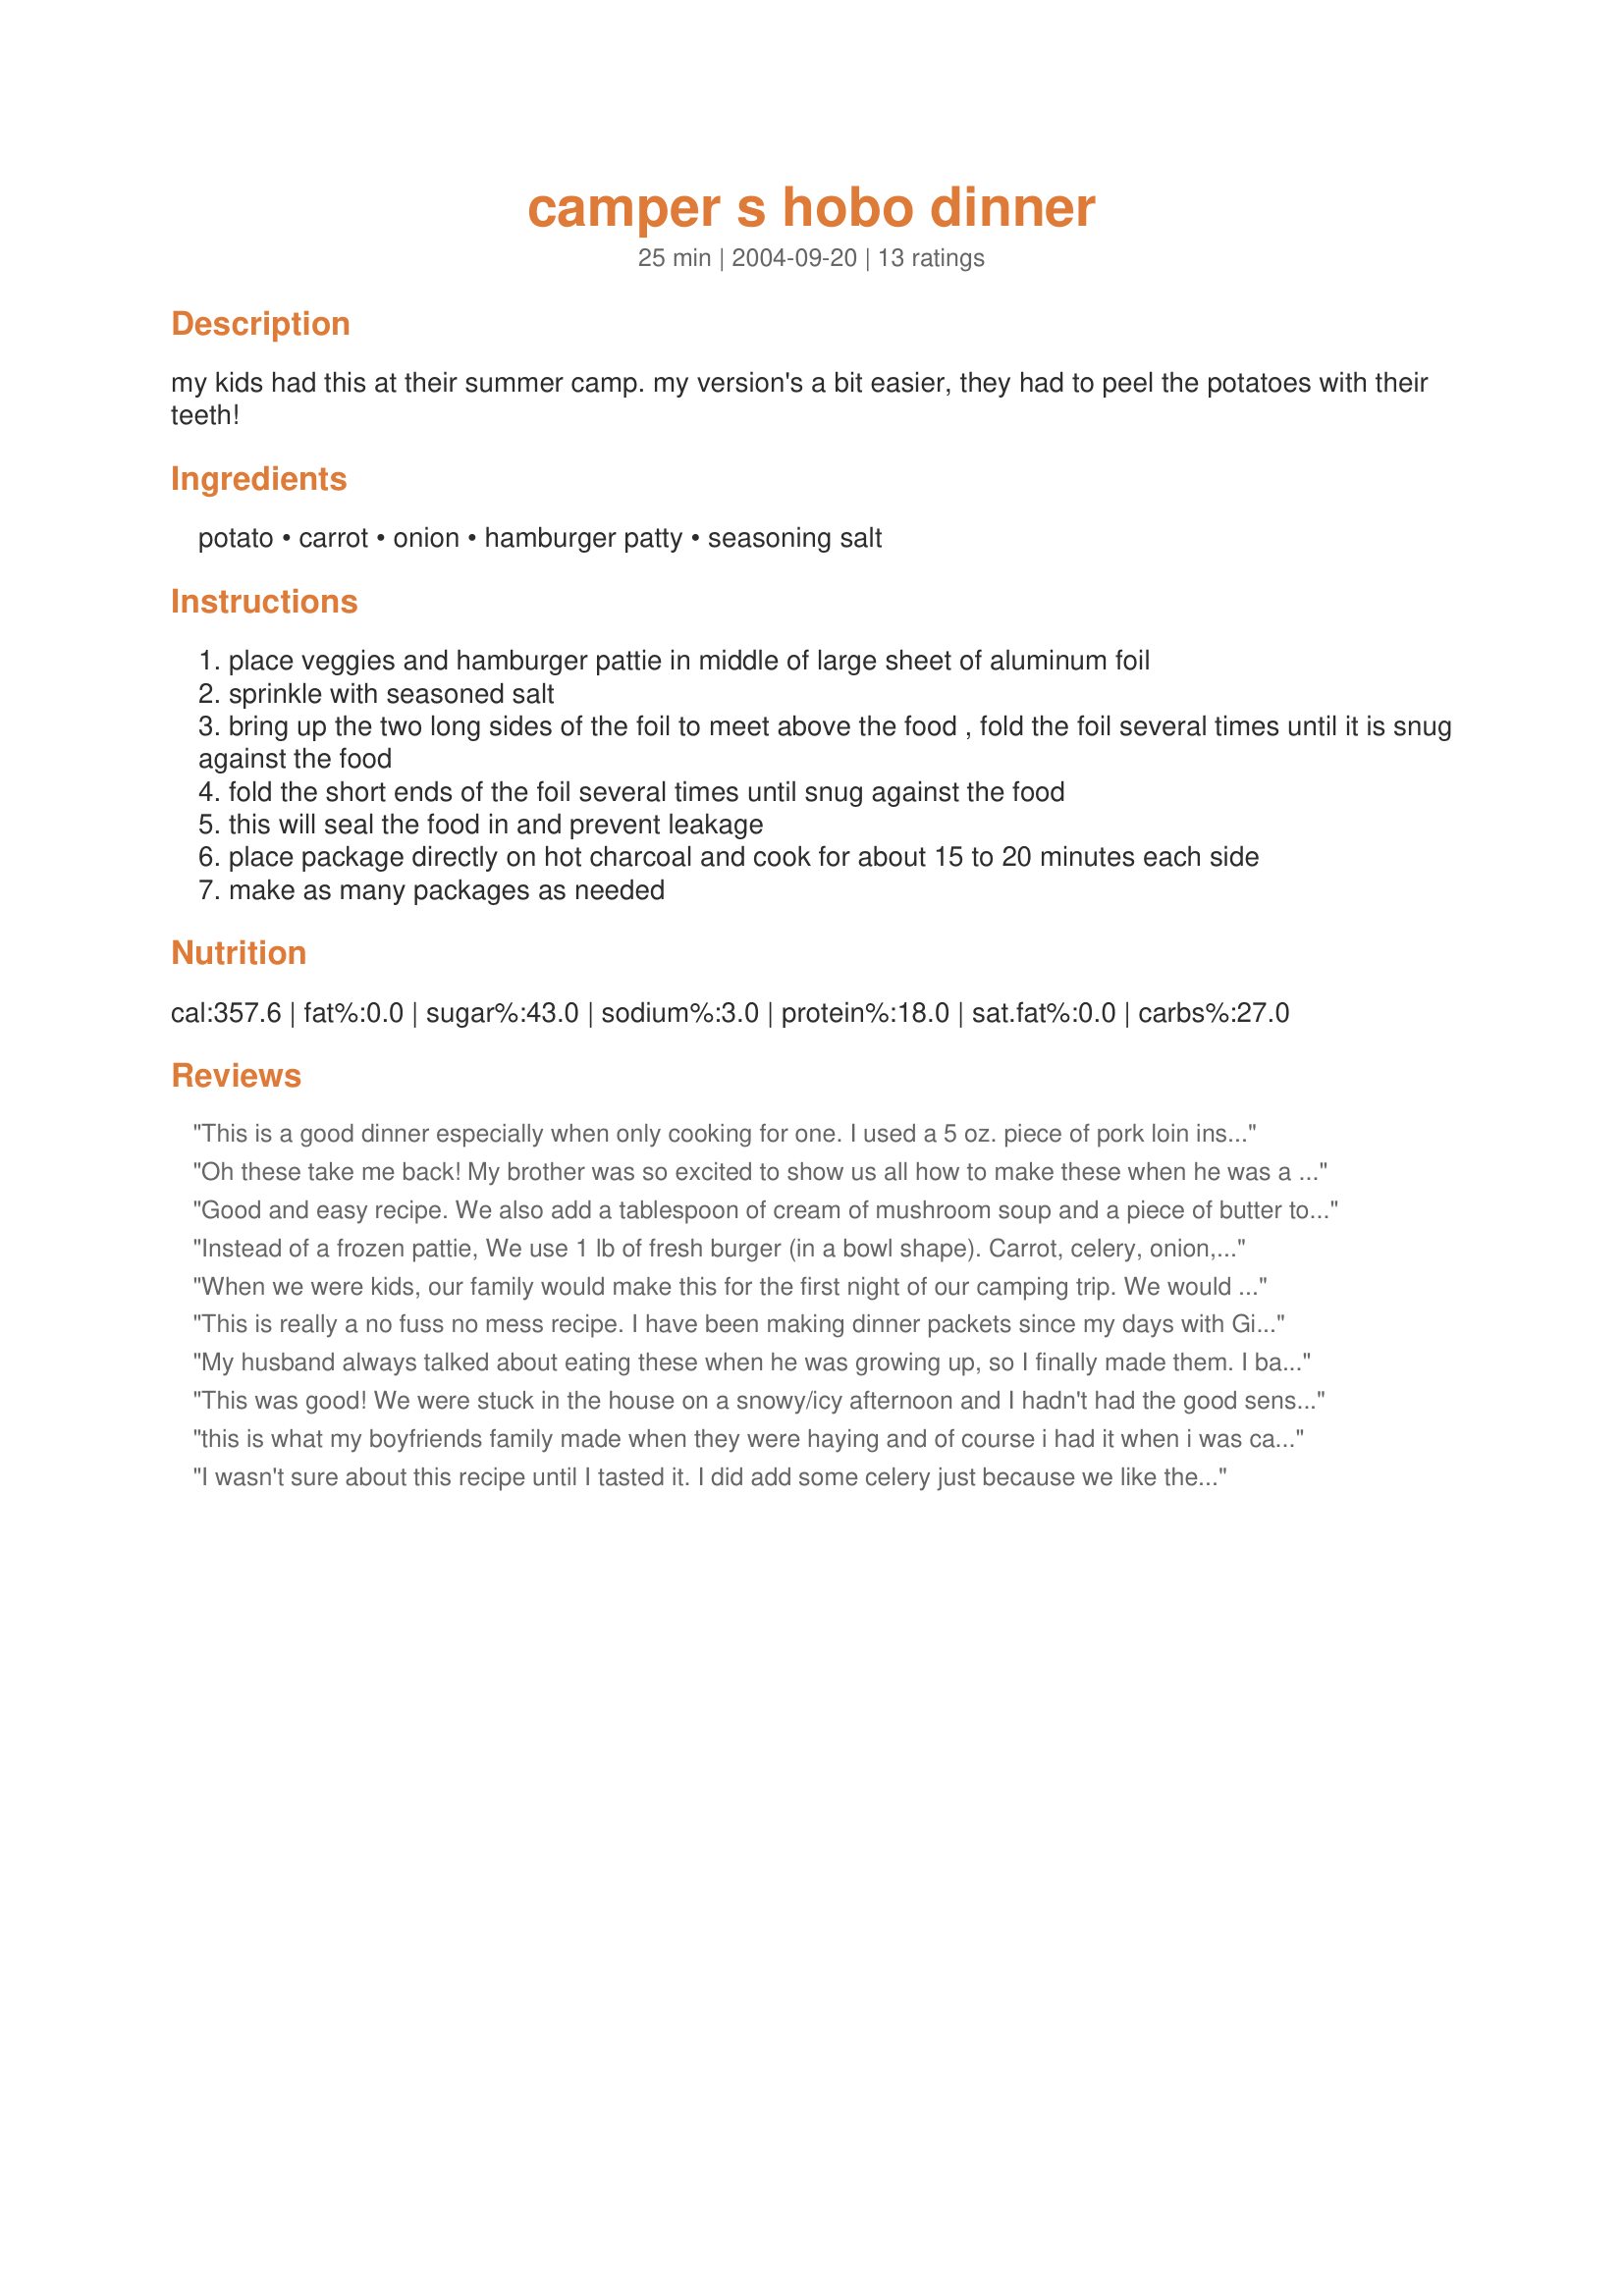
camper s hobo dinner
Preparation time: 25 minutes

my kids had this at their summer camp. my version's a bit easier, they had to peel the potatoes with their teeth!

Ingredients:
potato, carrot, onion, hamburger patty, seasoning salt

Steps:
place veggies and hamburger pattie in middle of large sheet of aluminum foil
sprinkle with seasoned salt
bring up the two long sides of the foil to meet above the food , fold the foil several times until it is snug against the food
fold the short ends of the foil several times until snug against the food
this will seal the food in and prevent leakage
place package directly on hot charcoal and cook for about 15 to 20 minutes each side
make as many packages as needed

Reviews:
This is a good dinner especially when only cooking for one. I used a 5 oz. piece of pork loin instead of the hamburger patty and sprinkled with sage and pepper instead of seasoned salt. MMMMMMM good.
Thank you.
Oh these take me back! My brother was so excited to show us all how to make these when he was a boy scout. Very simple and easy. I usually make my own patties with a spoonful of Lipton onion soup mix to kick up the flavor in the meat. Kids love to assemble these. Thanks, Marla!
Good and easy recipe. We also add a tablespoon of cream of mushroom soup and a piece of butter to each package. We have also done boneless chicken with cream of chicken instead. Yummy!
Instead of a frozen pattie, We use 1 lb of fresh burger (in a bowl shape). Carrot, celery, onion, peppers, corn, unpeeled potatoes diced, etc...... Season salt, pepper & salt, McCormics Brand seasoning, Old Bay, Tony Chachere's Creole Seasoning, etc........ You name it and season it, its gooooood eating. Grilling is the best way for me to cook it. Off the coals so it wont burn on hot spots and still gets that smokey flavor. MMMMMMM GOOD.
When we were kids, our family would make this for the first night of our camping trip. We would start the fire and put the packets in while we were setting up camp. The only thing we did different was to put a few pats of margarine (or butter) on top of the vegetables b4 closing the foil. Fond memories!
This is really a no fuss no mess recipe. I have been making dinner packets since my days with Girl Scouting. The ingredients can be easily adjusted for taste and personal preference. These were made with a combination of red peppers, onions, mushrooms and baby cut carrots. It was served with sweet potato fries and a chopped salad for a delicious meal. Thanks for sharing.
My husband always talked about eating these when he was growing up, so I finally made them. I baked them for an hour at 350, but the carrots were still crunchy, so next time I will bake longer or leave out the carrots altogether. I will make again for him.
This was good! We were stuck in the house on a snowy/icy afternoon and I hadn't had the good sense to go the store before the storm hit. We found two 1/2 lb. portions of ground beef in the freezer, and I just happened to have carrots and potatoes, so this recipe was perfect! I put the patty in thawed, not frozen, so probably could have cooked it less, but I wanted to make sure the veggies were done. I seasoned my meat with Tony's cajun seasoning, garlic, onion powder, and a splash of worcestershire sauce, and seasoned my veggies with olive oil, garlic and salt and pepper. Yummy!
this is what my boyfriends family made when they were haying and of course i had it when i was camping with girl scouts but its an easy meal to make and fun with kids at home remember how you felt making it ?
I wasn't sure about this recipe until I tasted it. I did add some celery just because we like the flavoring of celery. We really liked this and my son and grand daughter did too. Thanks for a quick , tasty recipe for those busy days.
I added worcestershire sauce and one tablespoon of margarine to each hobo pack and replaced the seasoning sauce with garlic salt. The dinners turned out amazing. I recommend cooking each side for slightly less than 15 minutes in the fire, as our dinners got a little bit burned.
Awesome! My children said it was the best vegetables they ever had. I added red peppers too as pictured and cut the seasoning salt down to half tsp per packet. It made a great easy recipe.
Add pepper and garlic powder for flavor.
